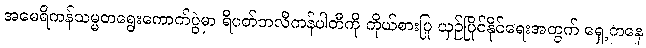
အမေရိကန်သမ္မတရွေးကောက်ပွဲမှာ ရီပတ်ဘလီကန်ပါတီကို ကိုယ်စားပြု ယှဉ်ပြိုင်နိုင်ရေးအတွက် ရှေ့ကနေ